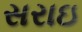
સરાઇ